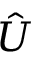
\hat { U }